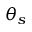
\theta _ { s }